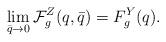
LaTeX: \begin{align*} \lim_{\bar q \rightarrow 0} \mathcal F^Z_g(q, \bar q) =F^{Y}_g(q).\end{align*}